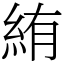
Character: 絠